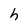
Character: h